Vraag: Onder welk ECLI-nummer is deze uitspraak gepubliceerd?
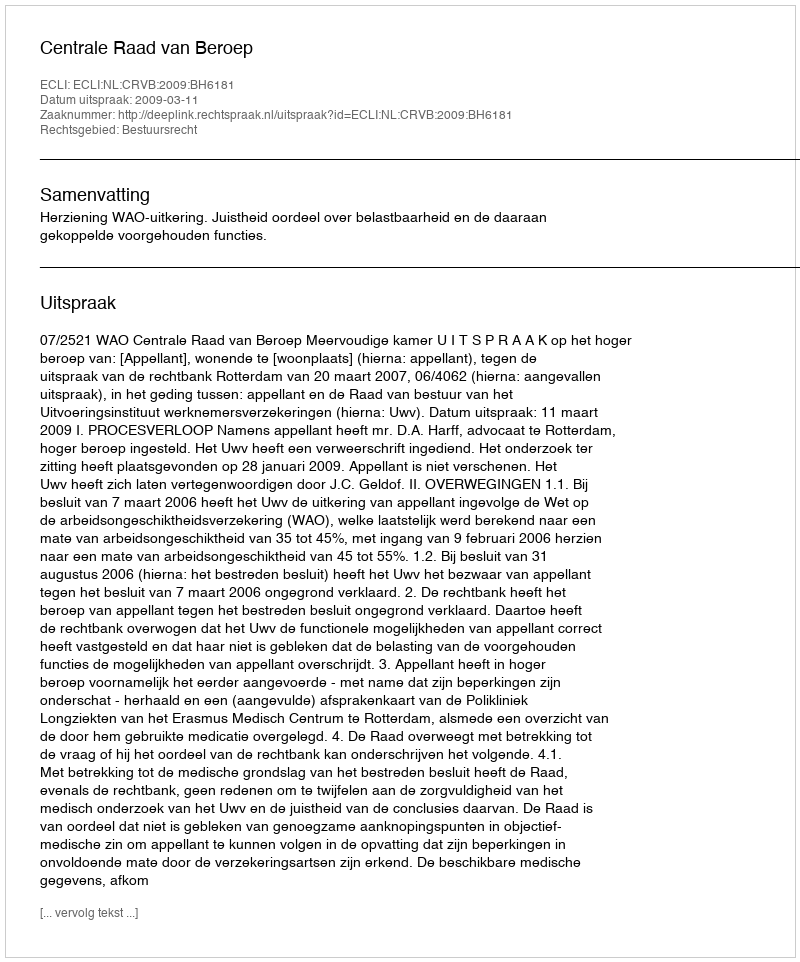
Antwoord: ECLI:NL:CRVB:2009:BH6181